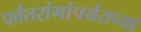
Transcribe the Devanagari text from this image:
पर्वतरांगांपर्यंतच्या